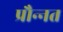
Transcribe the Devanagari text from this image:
प्रौन्‍नत